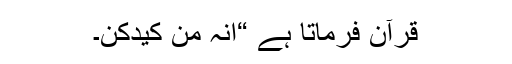
قرآن فرماتا ہے “انہ من کیدکن۔